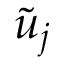
\tilde { u } _ { j }